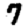
Digit: 7